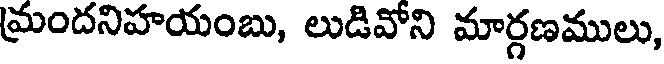
మ్రందనిహయంబు, లుడివోని మార్గణములు,